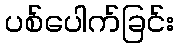
ပစ်ပေါက်ခြင်း